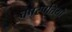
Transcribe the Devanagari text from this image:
वपस्पतियों